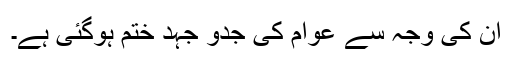
ان کی وجہ سے عوام کی جدو جہد ختم ہوگئی ہے۔